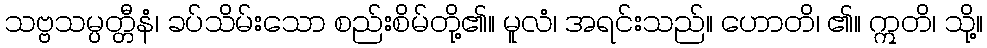
သဗ္ဗသမ္ပတ္တီနံ၊ ခပ်သိမ်းသော စည်းစိမ်တို့၏။ မူလံ၊ အရင်းသည်။ ဟောတိ၊ ၏။ ဣတိ၊ သို့။